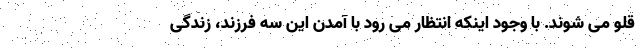
قلو می شوند. با وجود اینکه انتظار می رود با آمدن این سه فرزند، زندگی